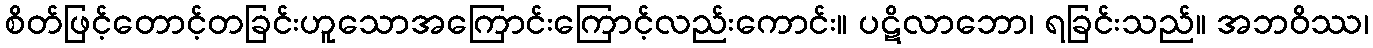
စိတ်ဖြင့်တောင့်တခြင်းဟူသောအကြောင်းကြောင့်လည်းကောင်း။ ပဋိလာဘော၊ ရခြင်းသည်။ အဘဝိဿ၊